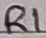
Text: R1